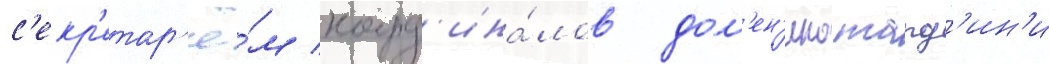
с'екр'етар'ё́м кард'ина́лов дом'ен'ико тард'ин'и